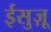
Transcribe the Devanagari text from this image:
ईसुज़ू